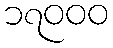
၁၇၀၀၀